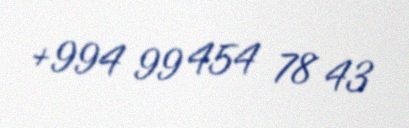
+994 99 454 78 43